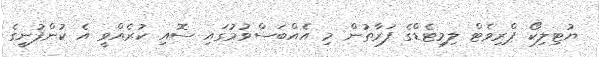
ޔުޓިލިކޯ ޕްރިވެޓް ލިމިޓެޑްގެ ފަރާތުން މި އެއްބަސްވުމުގައި ސޮއި ކުރެއްވީ އެ ކުންފުނީގެ